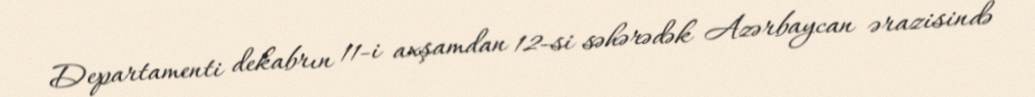
Departamenti dekabrın 11-i axşamdan 12-si səhərədək Azərbaycan ərazisində